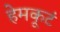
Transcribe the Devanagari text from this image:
हेमकूटं